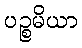
ပဉ္စမိယာ